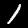
Label: 1